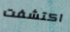
اكتشفت